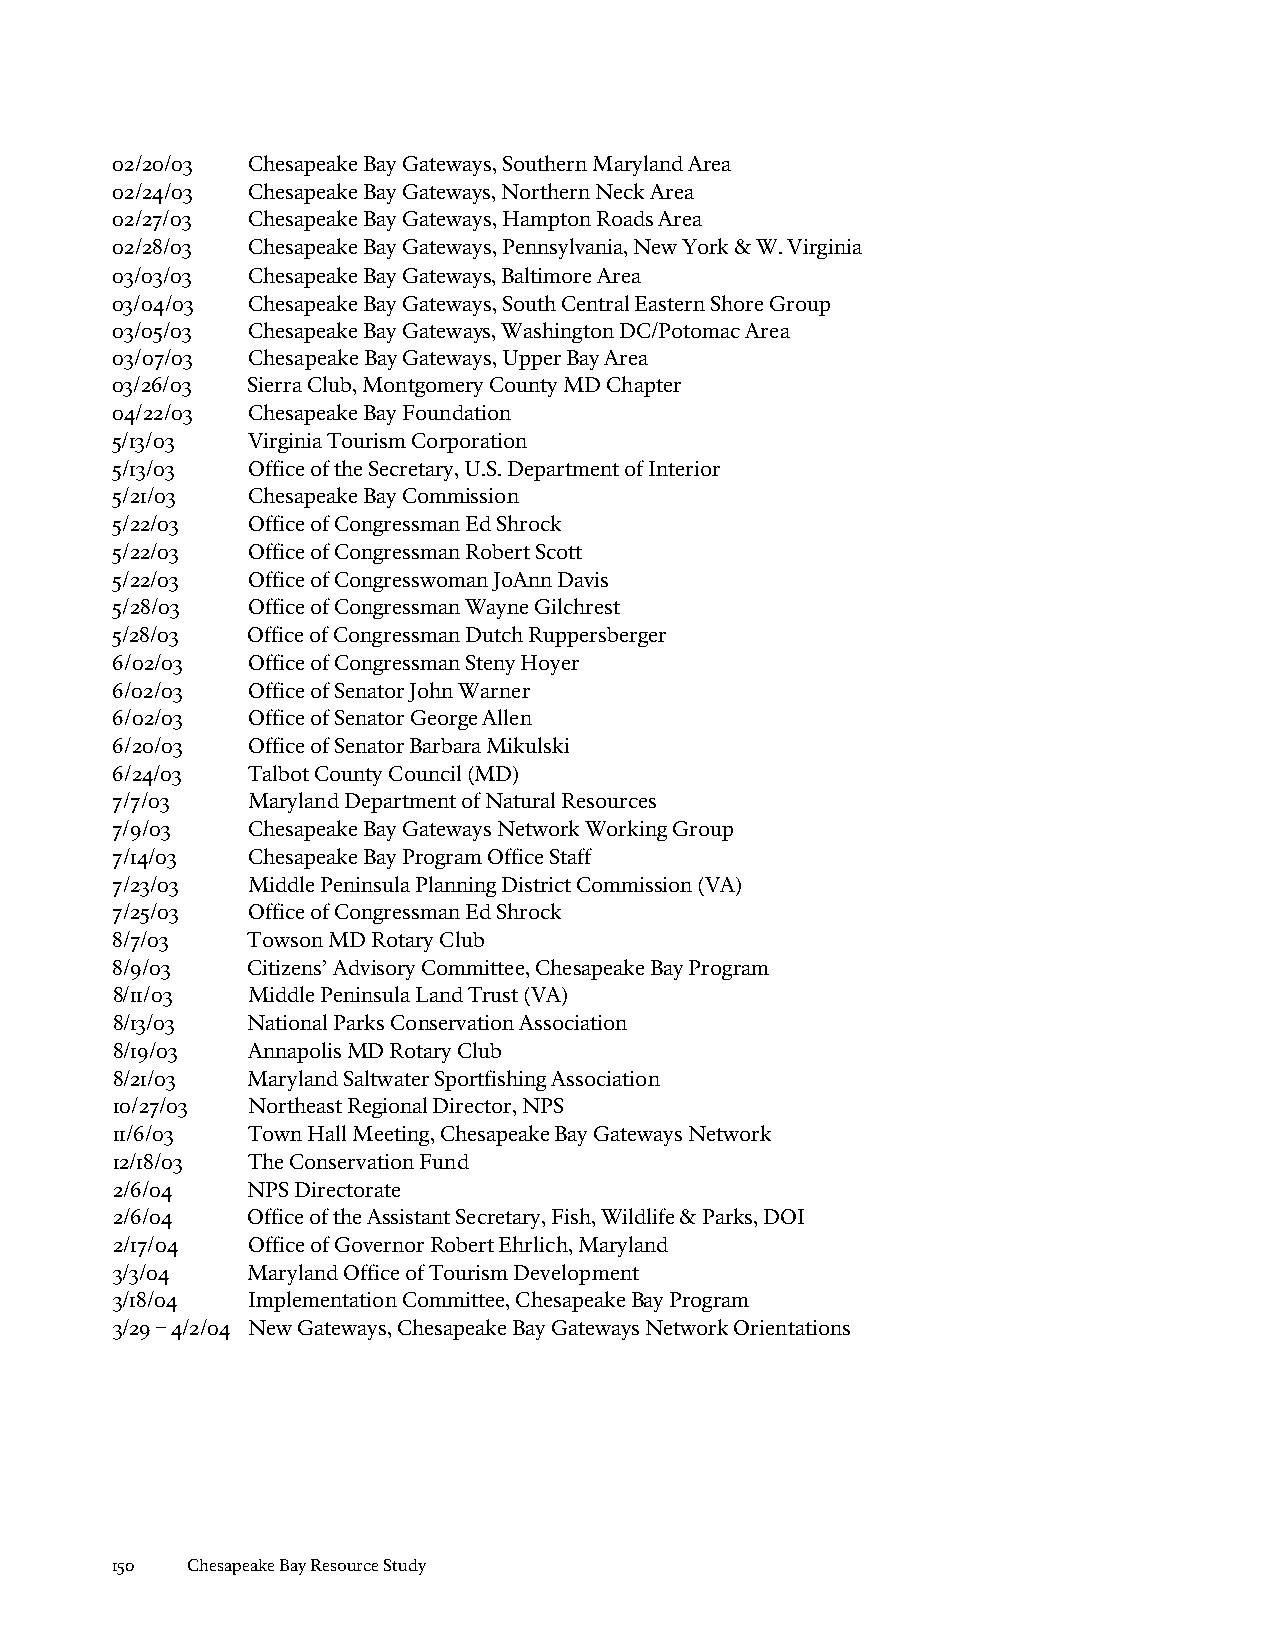
02/20/03 Chesapeake Bay Gateways, Southern Maryland Area
 02/24/03 Chesapeake Bay Gateways, Northern Neck Area
 02/27/03 Chesapeake Bay Gateways, Hampton Roads Area
 02/28/03 Chesapeake Bay Gateways, Pennsylvania, New York & W. Virginia
 03/03/03 Chesapeake Bay Gateways, Baltimore Area
 03/04/03 Chesapeake Bay Gateways, South Central Eastern Shore Group
 03/05/03 Chesapeake Bay Gateways, Washington DC/Potomac Area
 03/07/03 Chesapeake Bay Gateways, Upper Bay Area
 03/26/03 Sierra Club, Montgomery County MD Chapter
 04/22/03 Chesapeake Bay Foundation
 5/13/03  Virginia Tourism Corporation
 5/13/03  Office of the Secretary, U.S. Department of Interior
 5/21/03  Chesapeake Bay Commission
 5/22/03  Office of Congressman Ed Shrock
 5/22/03  Office of Congressman Robert Scott
 5/22/03  Office of Congresswoman JoAnn Davis
 5/28/03  Office of Congressman Wayne Gilchrest
 5/28/03  Office of Congressman Dutch Ruppersberger
 6/02/03  Office of Congressman Steny Hoyer
 6/02/03  Office of Senator John Warner
 6/02/03  Office of Senator George Allen
 6/20/03  Office of Senator Barbara Mikulski
 6/24/03  Talbot County Council (MD)
 7/7/03   Maryland Department of Natural Resources
 7/9/03   Chesapeake Bay Gateways Network Working Group
 7/14/03  Chesapeake Bay Program Office Staff
 7/23/03  Middle Peninsula Planning District Commission (VA)
 7/25/03  Office of Congressman Ed Shrock
 8/7/03   Towson MD Rotary Club
 8/9/03   Citizens’ Advisory Committee, Chesapeake Bay Program
 8/11/03  Middle Peninsula Land Trust (VA)
 8/13/03  National Parks Conservation Association
 8/19/03  Annapolis MD Rotary Club
 8/21/03  Maryland Saltwater Sportfishing Association
 10/27/03 Northeast Regional Director, NPS
 11/6/03  Town Hall Meeting, Chesapeake Bay Gateways Network
 12/18/03 The Conservation Fund
 2/6/04   NPS Directorate
 2/6/04   Office of the Assistant Secretary, Fish, Wildlife & Parks, DOI
 2/17/04  Office of Governor Robert Ehrlich, Maryland
 3/3/04   Maryland Office of Tourism Development
 3/18/04  Implementation Committee, Chesapeake Bay Program
 3/29 – 4/2/04 New Gateways, Chesapeake Bay Gateways Network Orientations
 150  Chesapeake Bay Resource Study